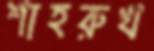
শাহরুখ